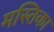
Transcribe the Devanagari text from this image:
मस्तिका